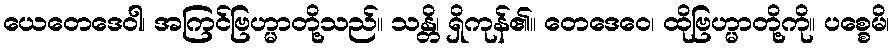
ယေတေဒေဝါ၊ အကြင်ဗြဟ္မာတို့သည်။ သန္တိ၊ ရှိကုန်၏။ တေဒေဝေ၊ ထိုဗြဟ္မာတို့ကို။ ပစ္စေမိ၊